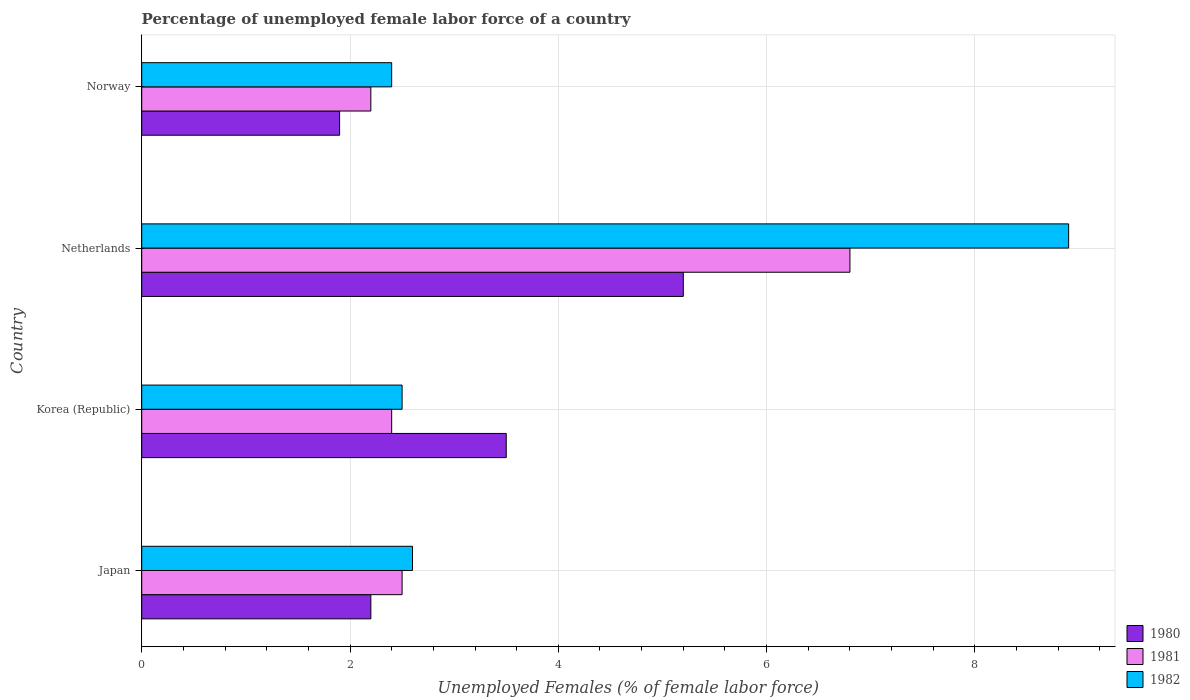
| Country | 1980 | 1981 | 1982 |
 | --- | --- | --- | --- |
 | Japan | 2.2 | 2.5 | 2.6 |
 | Korea (Republic) | 3.5 | 2.4 | 2.5 |
 | Netherlands | 5.2 | 6.8 | 8.9 |
 | Norway | 1.9 | 2.2 | 2.4 |